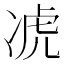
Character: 𪞣